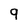
Character: 9